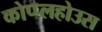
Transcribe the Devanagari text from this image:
कोप्प्लहोउस